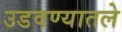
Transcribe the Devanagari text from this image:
उडवण्यातले